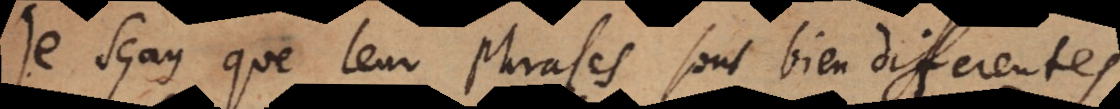
e sçay que leur phrases sont bien differentes